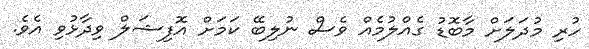
ހުރި މުދަލަށް މާބޮޑު ގެއްލުމެއް ވެސް ނުލިބޭ ކަމަށް އޮފިޝަލް ވިދާޅުވި އެވެ.